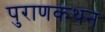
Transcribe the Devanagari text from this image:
पुराणकथन